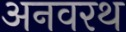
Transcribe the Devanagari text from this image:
अनवरथ